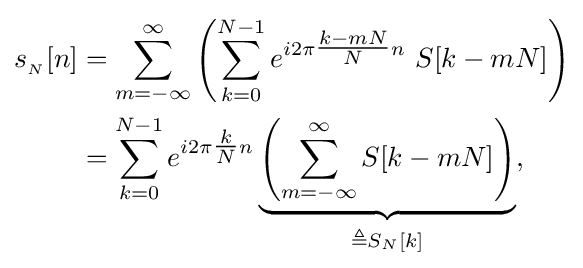
{\begin{aligned}s_{_{N}}[n]&=\sum _{m=-\infty }^{\infty }\left(\sum _{k=0}^{N-1}e^{i2\pi {\tfrac {k-mN}{N}}n}\ S[k-mN]\right)\\&=\sum _{k=0}^{N-1}e^{i2\pi {\tfrac {k}{N}}n}\underbrace {\left(\sum _{m=-\infty }^{\infty }S[k-mN]\right)} _{\triangleq S_{N}[k]},\end{aligned}}